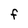
Character: F